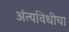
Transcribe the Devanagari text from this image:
अंत्यविधीचा